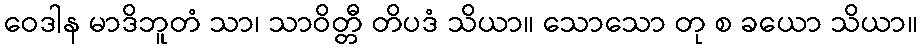
ဝေဒါန မာဒိဘူတံ သာ၊ သာဝိတ္တီ တိပဒံ သိယာ။ သောသော တု စ ခယော သိယာ။